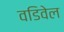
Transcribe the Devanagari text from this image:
वडिवेल